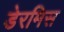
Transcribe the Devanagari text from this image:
डेरमिस